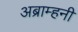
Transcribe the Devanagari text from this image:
अब्राम्हनी